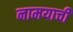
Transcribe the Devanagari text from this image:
नामयाची